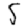
Digit: 5